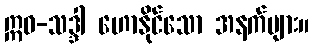
ဣဓ-သဒ္ဒါ ဟောနိုင်သော အနက်များ။